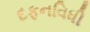
દફનવિધી